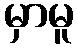
မှာမူ